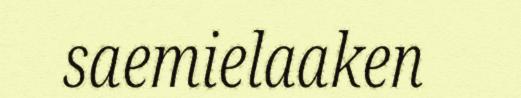
saemielaaken